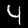
Digit: 4